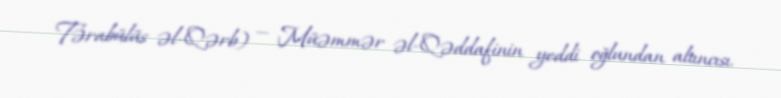
Tərabülüs əl-Qərb) — Müəmmər əl-Qəddafinin yeddi oğlundan altıncısı.